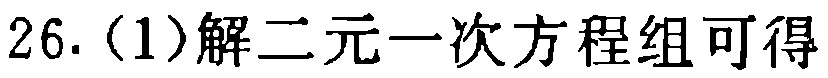
26.（1）解二元一次方程组可得